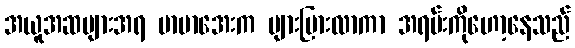
အယူအဆများအရ မာမာအေးက များပြားလာကာ အရမ်းကိုဟော့နေသည်